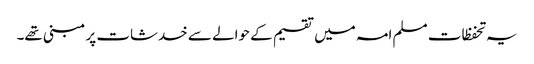
یہ تحفظات مسلم امہ میں تقسیم کے حوالے سے خدشات پر مبنی تھے۔